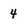
Character: 4